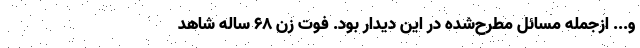
و... ازجمله مسائل مطرح‌شده در این دیدار بود. فوت زن 68 ساله شاهد